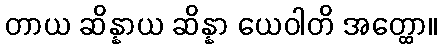
တာယ ဆိန္နာယ ဆိန္နာ ယေဝါတိ အတ္ထော။